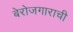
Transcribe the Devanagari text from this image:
बेरोजगाराची